Report of the Bombay Plague Committee
Disease focus: Plague
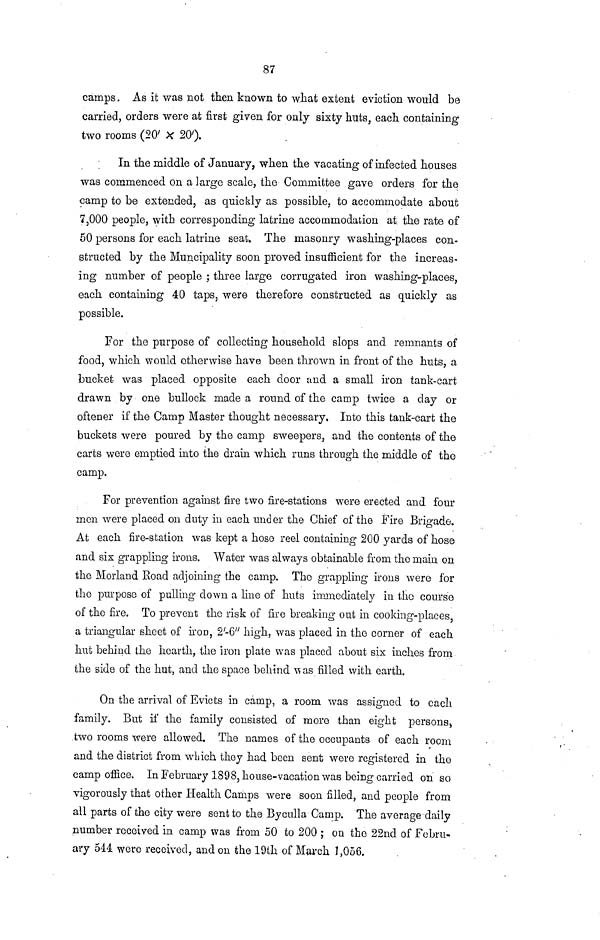
87
camps. As it was not then known to what extent eviction would be
carried, orders were at first given for only sixty huts, each containing
two rooms (20' X 20').
In the middle of January, when the vacating of infected houses
was commenced on a large scale, the Committee gave orders for the
camp to be extended, as quickly as possible, to accommodate about
7,000 people, with corresponding latrine accommodation at the rate of
50 persons for each latrine seat. The masonry washing-places con-
structed by the Muncipality soon proved insufficient for the increas-
ing number of people ; three large corrugated iron washing-places,
each containing 40 taps, were therefore constructed as quickly as
possible.
For the purpose of collecting household slops and remnants of
food, which would otherwise have been thrown in front of the huts, a
bucket was placed opposite each door and a small iron tank-cart
drawn by one bullock made a round of the camp twice a clay or
oftener if the Camp Master thought necessary. Into this tank-cart the
buckets were poured by the camp sweepers, and the contents of the
carts were emptied into the drain which runs through the middle of the
camp.
For prevention against fire two fire-stations were erected and four
men were placed on duty in each under the Chief of the Fire Brigade.
At each fire-station was kept a hose reel containing 200 yards of hose
and six grappling irons. Water was always obtainable from the main on
the Morland Road adjoining the camp. The grappling irons were for
the purpose of pulling clown a line of huts immediately in the course
of the fire. To prevent the risk of fire breaking out in cooking-places,
a triangular sheet of iron, 2 1 -6 11 high, was placed in the corner of each
hut behind the hearth, the iron plate was placed about six inches from
the side of the hut, and the space behind was filled with earth.
On the arrival of Evicts in camp, a room was assigned to each
family. But if the family consisted of more than eight persons,
two rooms were allowed. The names of the occupants of each room
and the district from winch they had been sent were registered in the
camp office. In February 1898, house-vacation was being carried on so
vigorously that other Health Camps were soon filled, and people from
all parts of the city were sent to the Byculla Camp. The average daily
number received in camp was from 50 to 200 ; on the 22nd of Febru-
ary 544 were received, and on the 19th of March 1,056.